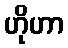
ဟိုဟာ